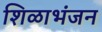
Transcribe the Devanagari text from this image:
शिळाभंजन